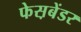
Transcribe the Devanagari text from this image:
फेस़बेंडर